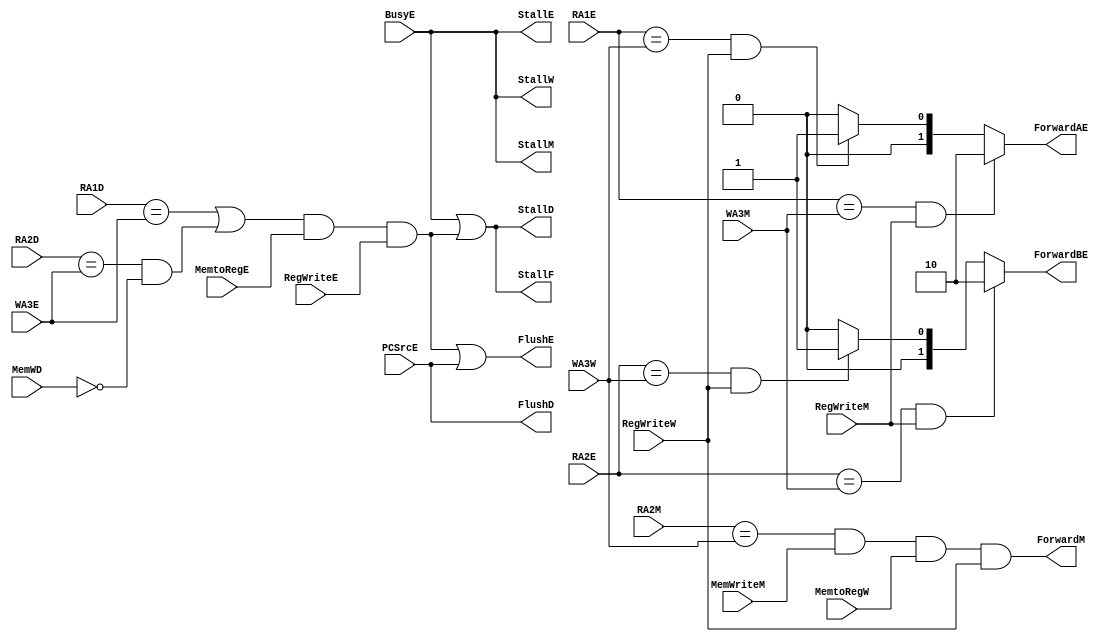
`timescale 1ns / 1ps
//////////////////////////////////////////////////////////////////////////////////
// Company: 
// Engineer: 
// 
// Design Name: 
// Module Name: HazardUnit
// Project Name: 
// Target Devices: 
// Tool Versions: 
// Description: 
// 
// Dependencies: 
// 
// Revision:
// Revision 0.01 - File Created
// Additional Comments:
// 
//////////////////////////////////////////////////////////////////////////////////


module HazardUnit(
    input [3:0] RA1D,
    input [3:0] RA2D,
    input [3:0] RA1E,
    input [3:0] RA2E,
    input [3:0] WA3E,
    input MemtoRegE,
    input PCSrcE,
    input [3:0] WA3M,
    input RegWriteM,
    input [3:0] RA2M,
    input MemWD,
    input MemWriteM,
    input MemtoRegW,
    input [3:0] WA3W,
    input RegWriteW,
    input RegWriteE,
    input BusyE,
    output StallF,
    output StallD,
    output StallE,
    output StallM,
    output StallW,
    output FlushD,
    output FlushE,
    output ForwardM,
    output [1:0] ForwardAE,
    output [1:0] ForwardBE
    );
    
    wire Match_1E_M;
    wire Match_2E_M;
    wire Match_1E_W;
    wire Match_2E_W;
    wire Match_12D_E;
    wire ldrstall;
    
    assign Match_1E_M = (RA1E == WA3M);
    assign Match_2E_M = (RA2E == WA3M);
    assign Match_1E_W = (RA1E == WA3W);
    assign Match_2E_W = (RA2E == WA3W);
    assign Match_12D_E = (RA1D == WA3E) || ((RA2D == WA3E) & ~MemWD);
    assign ldrstall = (Match_12D_E & MemtoRegE & RegWriteE);
    
    assign StallF = BusyE || ldrstall;
    assign StallD = BusyE || ldrstall;
    assign StallE = BusyE;
    assign StallM = BusyE;
    assign StallW = BusyE;
    
    assign FlushD = PCSrcE;
    assign FlushE = (ldrstall || PCSrcE);
    
    assign ForwardAE = (Match_1E_M & RegWriteM) ? 2'b10: (Match_1E_W & RegWriteW) ? 2'b01 : 2'b00;
    assign ForwardBE = (Match_2E_M & RegWriteM) ? 2'b10: (Match_2E_W & RegWriteW) ? 2'b01 : 2'b00;
    assign ForwardM = (RA2M == WA3W) & MemWriteM & MemtoRegW & RegWriteW;            
    
endmodule